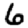
Digit: 6